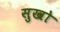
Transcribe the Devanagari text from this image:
सुखो